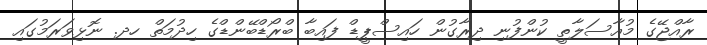
ރާއްޖޭގެ މުއާސަލާތީ ކުންފުނި ދިރާގުން ހައިސްޕީޑް ފައިބާ ބްރޯޑްބޭންޑްގެ ހިދުމަތް ހދ. ނޮޅިވަރަމުގައި